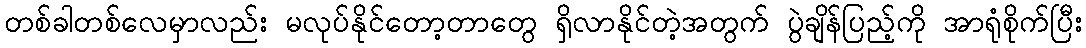
တစ်ခါတစ်လေမှာလည်း မလုပ်နိုင်တော့တာတွေ ရှိလာနိုင်တဲ့အတွက် ပွဲချိန်ပြည့်ကို အာရုံစိုက်ပြီး